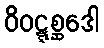
ဝိဝဋ္ဋစ္ဆဒေါ